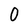
Character: 0